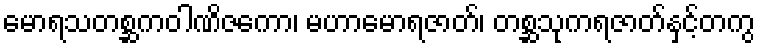
မောရသတစ္ဆကဝါဏိဇကော၊ မဟာမောရဇာတ်၊ တစ္ဆသုကရဇာတ်နှင့်တကွ